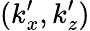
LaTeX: (k_{x}^{\prime},k_{z}^{\prime})